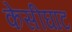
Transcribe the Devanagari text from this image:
केसीघाट